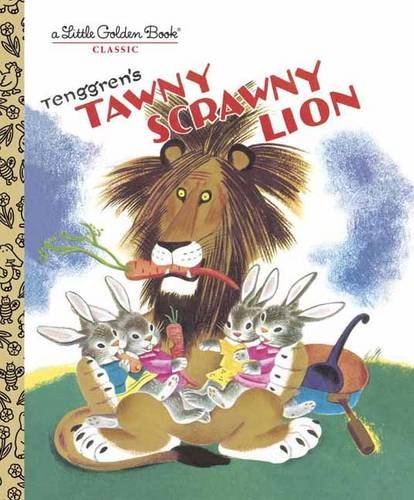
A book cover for Tawny Scrawny Lion (Little Golden Book); Kathryn Jackson; Children's Books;